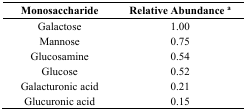
| Monosaccharide | Relative Abundance a |
 | --- | --- |
 | Galactose | 1.00 |
 | Mannose | 0.75 |
 | Glucosamine | 0.54 |
 | Glucose | 0.52 |
 | Galacturonic acid | 0.21 |
 | Glucuronic acid | 0.15 |